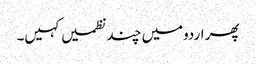
پھر اردومیں چند نظمیں کہیں۔